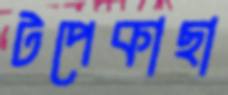
টপেকাছা